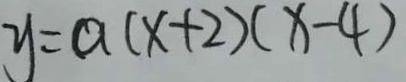
y = a ( x + 2 ) ( x - 4 )